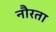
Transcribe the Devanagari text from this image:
नौरता